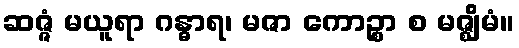
ဆဇ္ဇံ မယူရာ ဂန္ဓာရ၊ မဇာ ကောဉ္စာ စ မဇ္ဈိမံ။